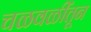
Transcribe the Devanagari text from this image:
चळवळींतून